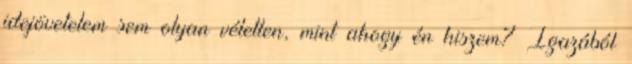
idejövetelem sem olyan véletlen, mint ahogy én hiszem? Igazából